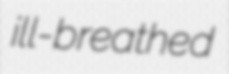
ill-breathed